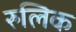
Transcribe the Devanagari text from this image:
रुलिक